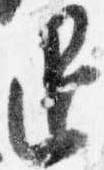
退